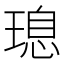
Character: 𮴩